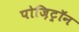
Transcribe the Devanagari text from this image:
पोज़िट्रॉन